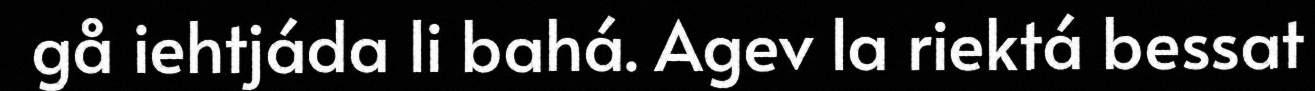
gå iehtjáda li bahá. Agev la riektá bessat